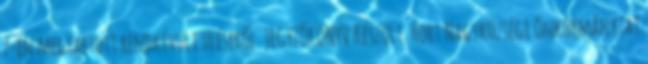
7-én megtartott rendkívüli üléséről. JEGYZŐKÖNYV Készült: Hort Nagyközségi Önkormányzat